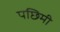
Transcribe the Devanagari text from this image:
पछिमी